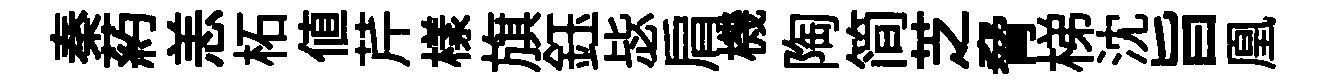
秦葯恙柘值芹樣旗鈺毖肩機陶简芝脅梯沈旨凰